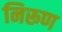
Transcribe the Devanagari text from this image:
निरूण